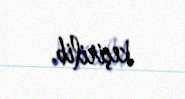
keçirilib.